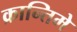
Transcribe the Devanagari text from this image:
क्रान्तिमे